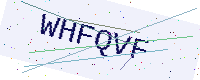
Text: WHFQVF